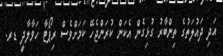
އަދި ދައުލަތުގެ ތިންބާރު ގުޅިގެން އެކަން ކުރަންޖެހޭ ކަމަށްވެސް ރިޕޯޓާ ހަވާލާދީ ޑރ.